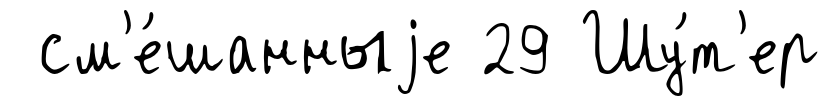
см'е́шанныjе 29 Шу́т'ер